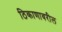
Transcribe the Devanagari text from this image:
ठिकाणावरील